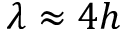
\lambda \approx 4 h